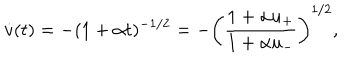
LaTeX: \dot { v } ( t ) = - ( 1 + \alpha t ) ^ { - 1 / 2 } = - \left( { \frac { 1 + \alpha u _ { + } } { 1 + \alpha u _ { - } } } \right) ^ { 1 / 2 } ,